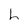
Character: h